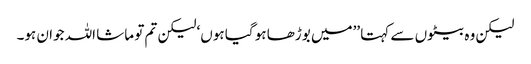
لیکن وہ بیٹوں سے کہتا ’’میں بوڑھا ہو گیا ہوں‘ لیکن تم تو ماشا اللہ جوان ہو۔